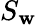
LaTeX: S_{\mathbf{w}}